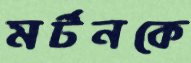
মর্টনকে